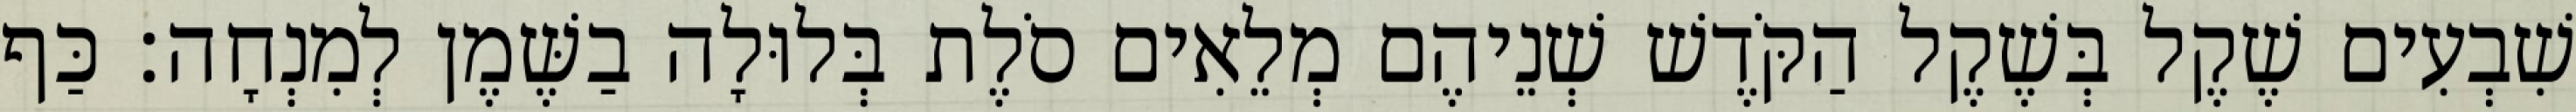
שִׁבְעִים שֶׁקֶל בְּשֶׁקֶל הַקֹּדֶשׁ שְׁנֵיהֶם מְלֵאִים סֹלֶת בְּלוּלָה בַשֶּׁמֶן לְמִנְחָה׃ כַּף